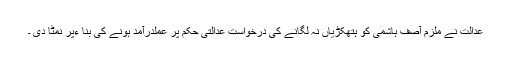
عدالت نے ملزم آصف ہاشمی کو ہتھکڑیاں نہ لگانے کی درخواست عدالتی حکم پر عملدرآمد ہونے کی بنا ءپر نمٹا دی ۔